Papers set at the Examination for Leaving Certificates, 1892
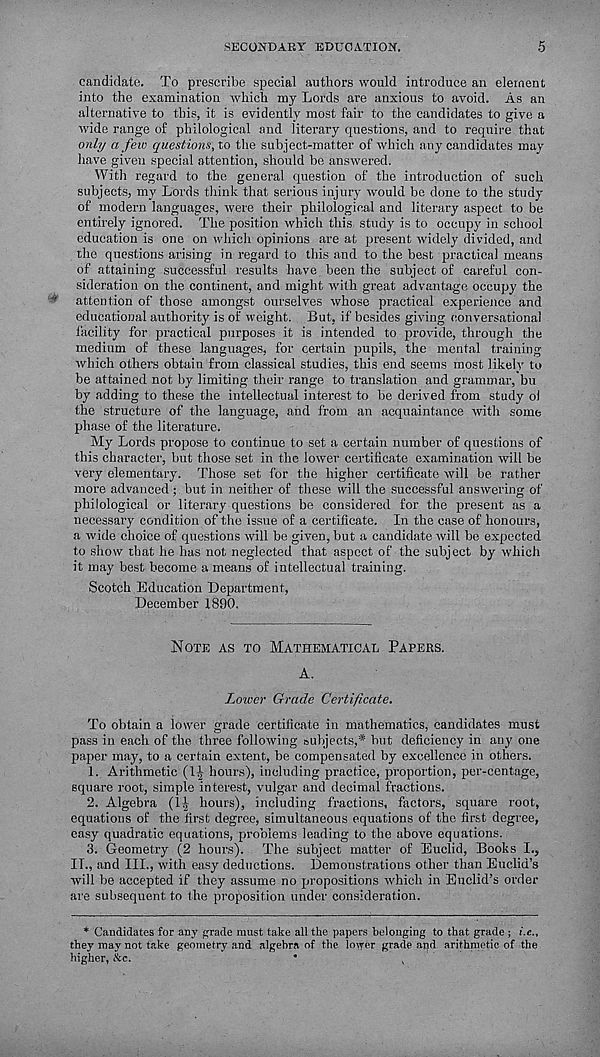
SECONDARY EDUCATION.
5
candidate. To prescribe special authors would introduce an element
into the examination which my Lords are anxious to avoid. As an
alternative to this, it is evidently most fair to the candidates to give a
wide range of philological and literary questions, and to require that
only a few questions, to the subject-matter of which any candidates may
have given special attention, should be answered.
With regard to the general question of the introduction of such
subjects, my Lords think that serious injury would be done to the study
of modern languages, were their philological and literary aspect to be
entirely ignored. The position which this study is to occupy in school
education is one on which opinions are at present widely divided, and
the questions arising in regard to this and to the best practical means
of attaining successful results have been the subject of careful con-
sideration on the continent, and might with great advantage occupy the
attention of those amongst ourselves whose practical experience and
educational authority is of weight. But, if besides giving conversational
lacility for practical purposes it is intended to provide, through the
medium of these languages, for certain pupils, the mental training
which others obtain from classical studies, this end seems most likely to
be attained not by limiting their range to translation and grammar, bu
by adding to these the intellectual interest to be derived from study oi
the structure of the language, and from an acquaintance with some
phase of the literature.
My Lords propose to continue to set a certain number of questions of
this character, but those set in the lower certificate examination will be
very elementary. Those set for the higher certificate will be rather
more advanced; but in neither of these will the successful answering of
philological or literary questions be considered for the present as a
necessary condition of the issue of a certificate. In the case of honours,
a wide choice of questions will be given, but a candidate will be expected
to show that he has not neglected that aspect of the subject by which
it may best become a means of intellectual training.
Scotch Education Department,
December 1890,
NOTE AS TO MATHEMATICAL PAPERS.
A.
Lower Grade Certificate.
To obtain a lower grade certificate in mathematics, candidates must
pass in each of the three following subjects,* but deficiency in any one
paper may, to a certain extent, be compensated by excellence in others.
1. Arithmetic (1^ hours), including practice, proportion, per-centage,
square root, simple interest, vulgar and decimal fractions.
2. Algebra (1^ hours), including fractions, factors, square root,
equations of the first degree, simultaneous equations of the first degree,
easy quadratic equations, problems leading to the above equations.
3. Geometry (2 hours). The subject matter of Euclid, Books I.,
IT., and III., with easy deductions. Demonstrations other than Euclid’s
will be accepted if they assume no propositions which in Euclid’s order
are subsequent to the proposition under consideration.
* Candidates for any grade must take all the papers belonging to that grade ; i.e.,
they may not take geometry and algebra of the lower grade and arithmetic of the
higher, Ac.